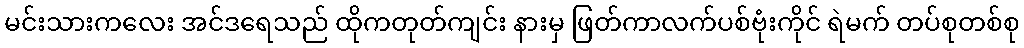
မင်းသားကလေး အင်ဒရေသည် ထိုကတုတ်ကျင်း နားမှ ဖြတ်ကာလက်ပစ်ဗုံးကိုင် ရဲမက် တပ်စုတစ်စု